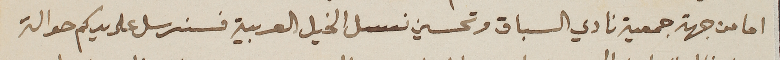
اما من جهة جمعية نادي السباق وتحسين نسل الخيل العربية فسنرسل على يدكم حوالة